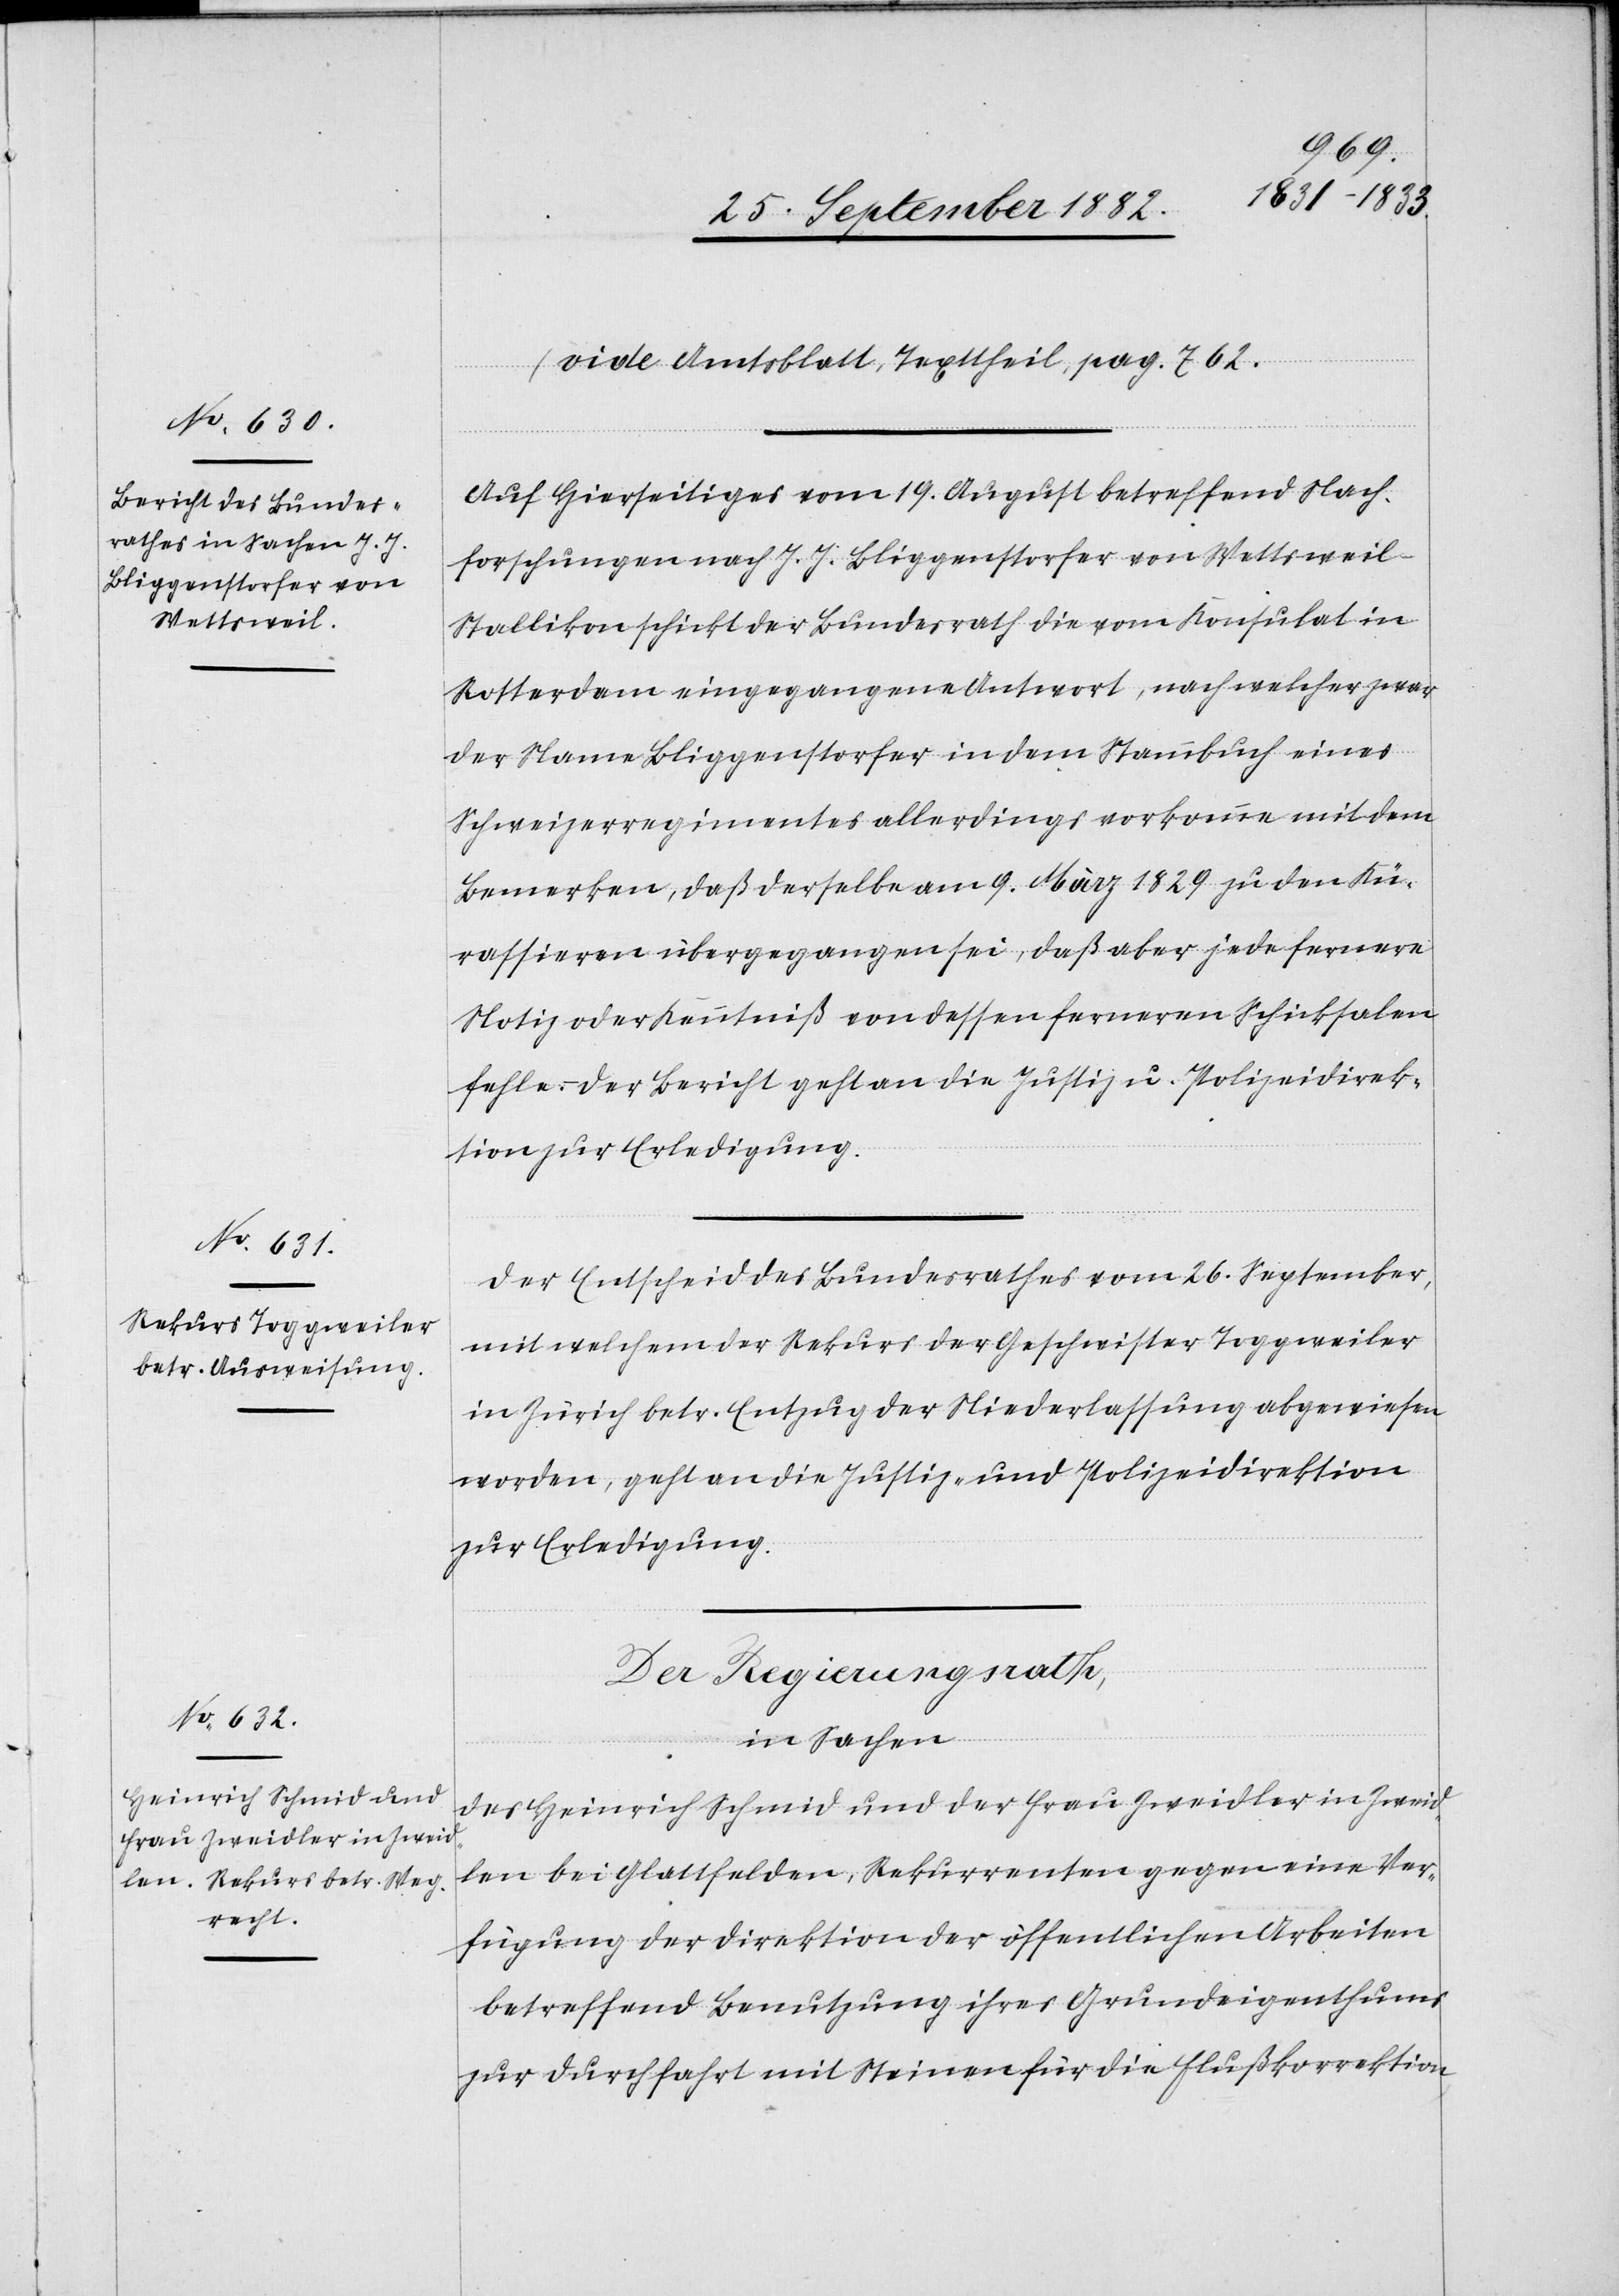
29. September 1882.]
(vide Amtsblatt, Texttheil, pag. 762.)
Auf Hierseitiges vom 19. August betreffend Nach¬
forschungen nach J. J. Bliggenstorfer von Wettsweil-S¬
tallikon schickt der Bundesrath die vom Konsulat in
Rotterdam eingegangene Antwort, nach welche zwar
der Name Bliggenstorfer in dem Stammbuch eines
Schweizerregimentes allerdings vorkomme mit dem
Bemerken, daß derselbe am 9. März 1829 zu den Kü¬
rassieren übergegangen sei, daß aber jede fernere
Notiz oder Kenntniß von dessen ferneren Schicksalen
fehle. Der Bericht geht an die Justiz- & Polizeidirek¬
tion zur Erledigung.
Der Entscheid des Bundesrathes vom 26. September,
mit welchem der Rekurs der Geschwister Toggweiler
in Zürich betr. Entzug der Niederlassung abgewiesen
worden, geht an die Justiz- & Polizeidirektion
zur Erledigung.
Der Regierungsrath,
in Sachen
des Heinrich Schmid und der Frau Zweidler in Zweid¬
len bei Glattfelden, Rekurrenten gegen eine Ver¬
fügung der Direktion der öffentlichen Arbeiten
betreffend Benutzung ihres Grundeigenthums
zur Durchfahrt mit Steinen für die Flußkorrektion,